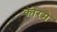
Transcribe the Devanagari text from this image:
कोरमे